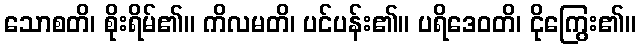
သောစတိ၊ စိုးရိမ်၏။ ကိလမတိ၊ ပင်ပန်း၏။ ပရိဒေဝတိ၊ ငိုကြွေး၏။